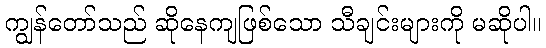
ကျွန်တော်သည် ဆိုနေကျဖြစ်သော သီချင်းများကို မဆိုပါ။